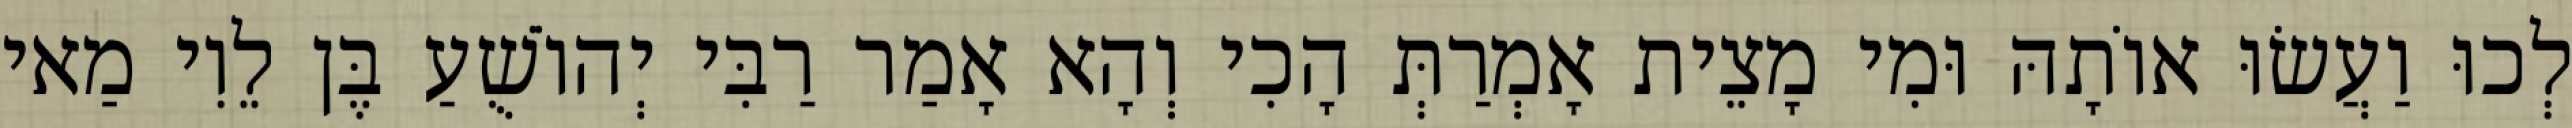
לְכוּ וַעֲשׂוּ אוֹתָהּ וּמִי מָצֵית אָמְרַתְּ הָכִי וְהָא אָמַר רַבִּי יְהוֹשֻׁעַ בֶּן לֵוִי מַאי